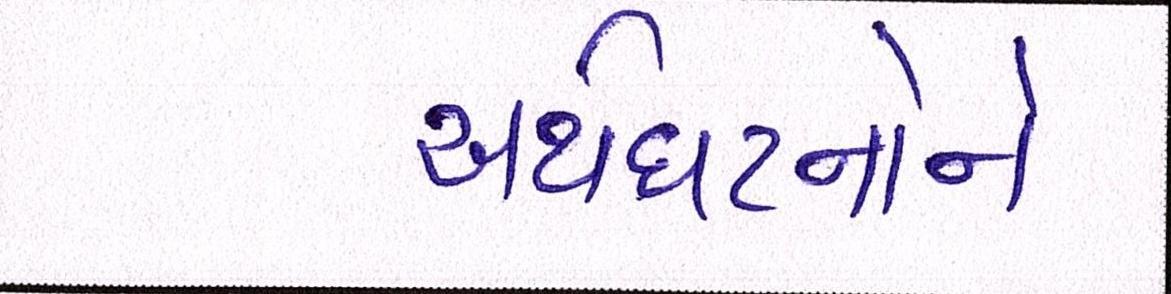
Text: અર્થઘટનોને